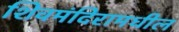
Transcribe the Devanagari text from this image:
शिवमंदिरामधील